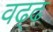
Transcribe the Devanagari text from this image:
वढ्ढ